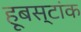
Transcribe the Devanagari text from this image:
हूबस्टांक